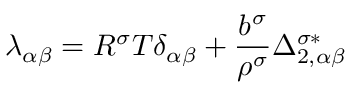
\lambda _ { \alpha \beta } = R ^ { \sigma } T \delta _ { \alpha \beta } + \frac { b ^ { \sigma } } { \rho ^ { \sigma } } \Delta _ { 2 , \alpha \beta } ^ { \sigma * }